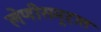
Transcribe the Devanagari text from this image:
लेणीसमूहात